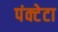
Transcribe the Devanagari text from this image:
पंक्टेटा